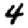
Digit: 4